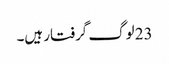
23 لوگ گرفتار ہیں۔